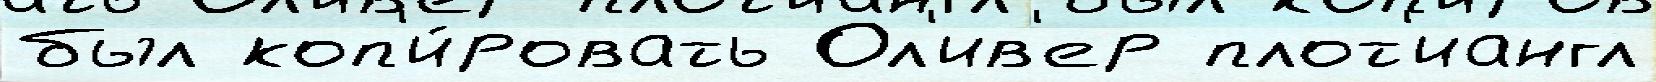
был коп'и́ровать Ол'ив'ер плот'иангл